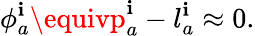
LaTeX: \phi_{a}^{\mathbf{i}}\equivp_{a}^{\mathbf{i}}-l_{a}^{\mathbf{i}}\approx0.